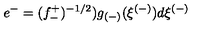
e ^ { - } = ( f _ { - } ^ { + } ) ^ { - 1 / 2 } ) g _ { ( - ) } ( \xi ^ { ( - ) } ) d \xi ^ { ( - ) }